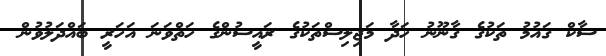
ސާކް ގައުމު ތަކުގެ ގާނޫނު ހަދާ މަޖިލިސްތަކުގެ ރައީސުންގެ ހަތްވަނަ އަހަރީ ބައްދަލުވުން